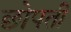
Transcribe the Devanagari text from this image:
छोपती